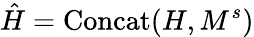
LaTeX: \hat{H}=\mathrm{Concat}(H,M^{s})